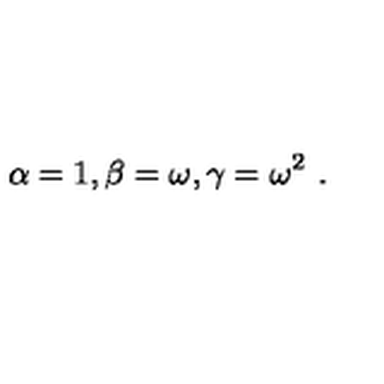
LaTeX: \alpha = 1 , \beta = \omega , \gamma = \omega ^ { 2 } \ .